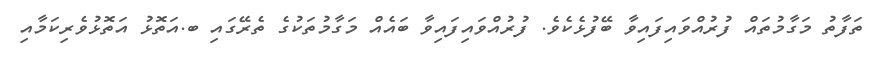
ތަފާތު މަގާމުތައް ފުރުއްވައިފައިވާ ބޭފުޅެކެވެ. ފުރުއްވައިފައިވާ ބައެއް މަގާމުތަކުގެ ތެރޭގައި ބ.އަތޮޅު އަތޮޅުވެރިކަމާއި